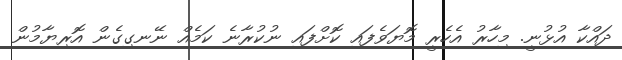
ދައްކާ އުޅުނީ. މިހާރު އެހެރީ މޮޔަވެފައި ކޮށްފައި ނުކުރާނެ ކަމެއް ނޭނގިގެން އޮރިޔާމުން